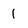
Character: 1